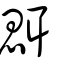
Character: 𦖷